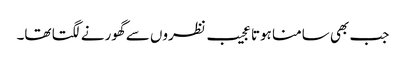
جب بھی سامنا ہوتا عجیب نظروں سے گھورنے لگتا تھا۔